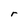
Character: r